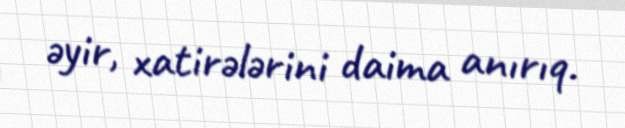
əyir, xatirələrini daima anırıq.